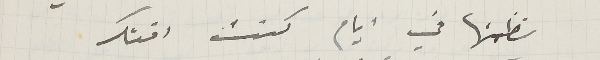
نظمتها في ايام كنت افتكر